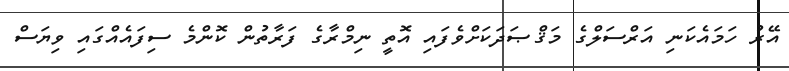
އޭރު ހަމައެކަނި އަރްސަލްގެ މަޤްޞަދަކަށްވެފައި އޮތީ ނިމްރާގެ ފަރާތުން ކޮންމެ ސިފައެއްގައި ވިޔަސް